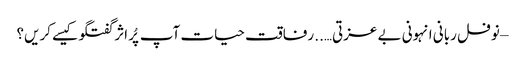
– نوفل ربانی	انہونی بے عزتی….. رفاقت حیات	آپ پُر اثر گفتگو کیسے کریں؟